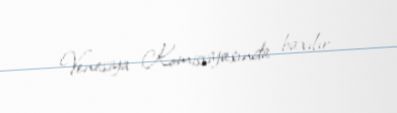
Venesiya Komissiyasında baxılır.